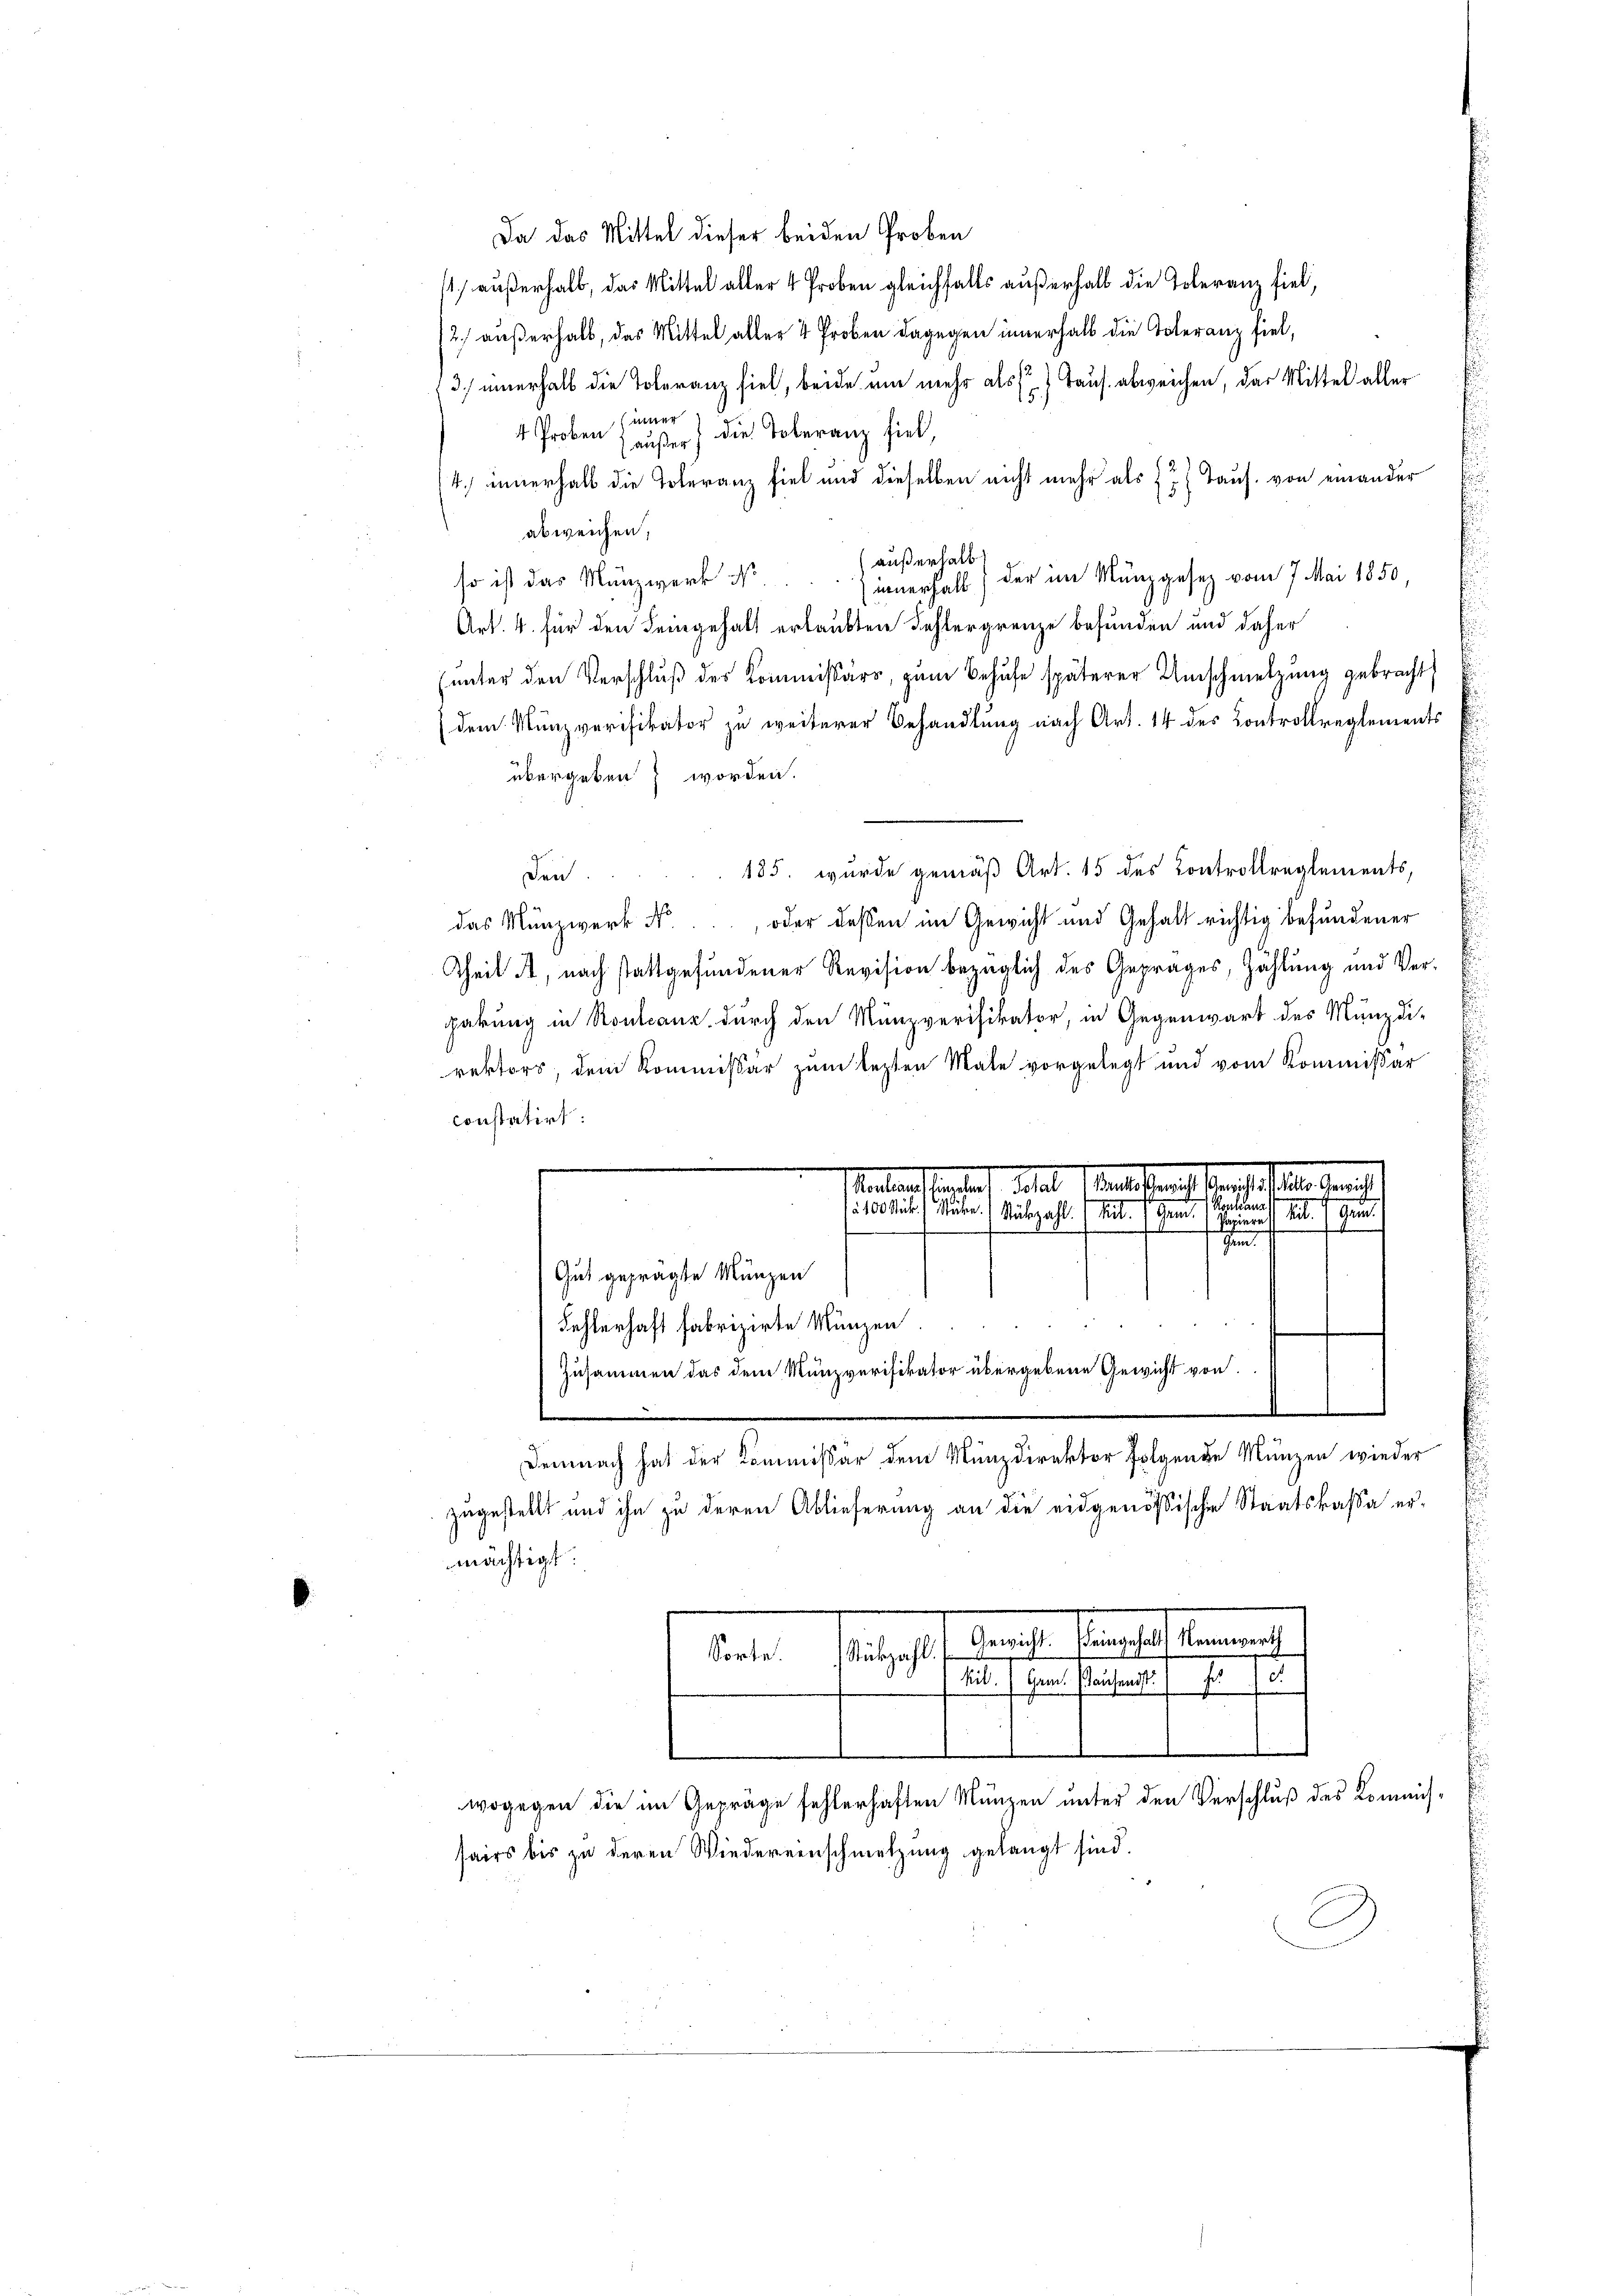
Da das Mittel dieser beiden Proben
 außerhalb, das Mittel aller 4 Proben gleichfalls außerhalb die Toleranz fiel,
12.) außerhalb, das Mittel aller 4 Proben dagegen innerhalb die Toleranz fiel,
3) innerhalb die Toleranz fiel, beide um mehr als Taus abweichen, das Mittel aller
inner
4 Proben Haußer die Toleranz fiel,
4) innerhalb die Toleranz fiel und dieselben nicht mehr als zu Tauf. von einander
abweichen;
außerhalb
so ist das Münzwerk Nr. ... innerhalt) der im Münzgesez vom 7 Mai 1850,
Art. 4. für den Leingehalt erlaubten Fehlergrenze befunden und daher
(unter den Verschluß des Kommissärs, zum Behufe späterer Umschnetzung gebracht,
(dem Münzverifikator zu weiterer Behandlung nach Art. 14 des Controllreglements
übergeben worden.
185. wurde gemäß Art. 15 des Controllreglements,
den.
das Münzwerk N., oder dessen im Gewicht und Gehalt richtig befundener
Theil , nach stattgefundener Revision bezüglich des Geprages, Zählung und Verpakung in Rontcanz durch den Münzverifikator, in Gegenwart des Münzdirektors, dem Kommissär zum lezten Male vorgelegt und vom Kommissar
constatirt.
tate als eines Basel der Gemeine
Kochrans
n

Gend
.
Papiere
s
4
en.
Gut gefragte Münzen
Fehlerhaft fabrizirte Münzen
Zusammen das dem Münzverifikator übergebene Gewicht von
I
Demnach hat der Kommissär dem Münzdirektor folgende Münzen wieder
zugestellt und ihn zu deren Ablieferung an die eidgenößische Staatskassa ermächtigt:
Senate damals flaument
Stükzahl
Sorte.
Land Handfestellt, den de
1.
e
wogegen die im Gepräge fehlerhaften Münzen unter den Verschluß des Kommis
sairs bis zu deren Wiedereinschmetzung gelangt sind.